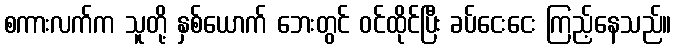
စကားလက်က သူတို့ နှစ်ယောက် ဘေးတွင် ဝင်ထိုင်ပြီး ခပ်ငေးငေး ကြည့်နေသည်။